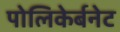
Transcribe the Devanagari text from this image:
पोलिकेर्बनेट